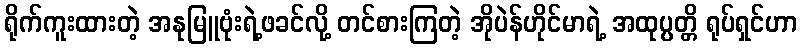
ရိုက်ကူးထားတဲ့ အနုမြူဗုံးရဲ့ဖခင်လို့ တင်စားကြတဲ့ အိုပဲန်ဟိုင်မာရဲ့ အထုပ္ပတ္တိ ရုပ်ရှင်ဟာ